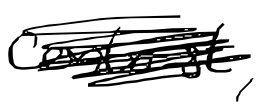
Text: contrast,
Cross-out: scratch
Writing tool: digital_black